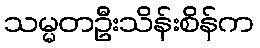
သမ္မတဦးသိန်းစိန်က